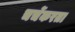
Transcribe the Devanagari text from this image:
चर्चेकरता